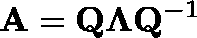
\mathbf { A } = \mathbf { Q } \mathbf { \Lambda } \mathbf { Q } ^ { - 1 }